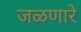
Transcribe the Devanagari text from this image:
जळणारे